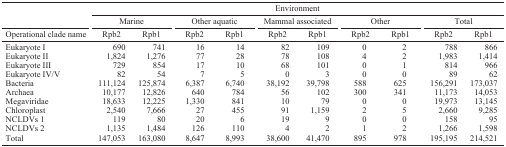
|  | <COLSPAN=10> Environment |
 |  | <COLSPAN=2> Marine | <COLSPAN=2> Other aquatic | <COLSPAN=2> Mammal associated | <COLSPAN=2> Other | <COLSPAN=2> Total |
 | Operational clade name | Rpb2 | Rpb1 | Rpb2 | Rpb1 | Rpb2 | Rpb1 | Rpb2 | Rpb1 | Rpb2 | Rpb1 |
 | --- | --- | --- | --- | --- | --- | --- | --- | --- | --- | --- |
 | Eukaryote I | 690 | 741 | 16 | 14 | 82 | 109 | 0 | 2 | 788 | 866 |
 | Eukaryote II | 1,824 | 1,276 | 77 | 28 | 78 | 108 | 4 | 2 | 1,983 | 1,414 |
 | Eukaryote III | 729 | 854 | 17 | 10 | 68 | 101 | 0 | 1 | 814 | 966 |
 | Eukaryote IV/V | 82 | 54 | 7 | 5 | 0 | 3 | 0 | 0 | 89 | 62 |
 | Bacteria | 111,124 | 125,874 | 6,387 | 6,740 | 38,192 | 39,798 | 588 | 625 | 156,291 | 173,037 |
 | Archaea | 10,177 | 12,826 | 640 | 784 | 56 | 102 | 300 | 341 | 11,173 | 14,053 |
 | Megaviridae | 18,633 | 12,225 | 1,330 | 841 | 10 | 79 | 0 | 0 | 19,973 | 13,145 |
 | Chloroplast | 2,540 | 7,666 | 27 | 455 | 91 | 1,159 | 2 | 5 | 2,660 | 9,285 |
 | NCLDVs 1 | 119 | 80 | 20 | 6 | 19 | 9 | 0 | 0 | 158 | 95 |
 | NCLDVs 2 | 1,135 | 1,484 | 126 | 110 | 4 | 2 | 1 | 2 | 1,266 | 1,598 |
 | Total | 147,053 | 163,080 | 8,647 | 8,993 | 38,600 | 41,470 | 895 | 978 | 195,195 | 214,521 |